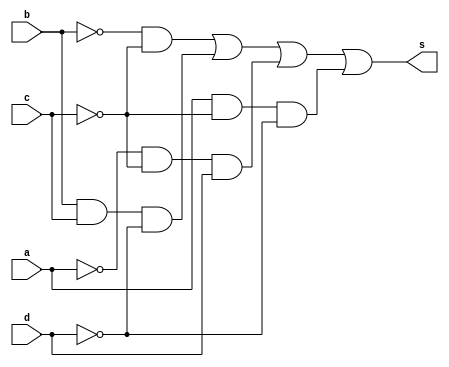
/*
 Recuperacao_0101c.v - v0.0. - 30 / 10 / 2022
 Autor    : Gabriel Vargas Bento de Souza
 Matricula: 778023
 */

/* 
 Soma dos produtos
               ___
f(a,b,c,d) =  \   m (0,1,5,6,8,9,C,E)  = SoP(0,1,5,6,8,9,C,E)
              /___
*/

/**
 SoP(0,1,5,6,8,9,C,E)
 Simplificacao: (b'.c') + (b. c .d') + (a'.c'.d ) + (a .c'.d')
 */
module SoP (output s,
            input  a, b, c, d);
   assign s = (~b & ~c)            // 0, 1, 8, 9
            | ( b &  c & ~d)       // 6, E
            | (~a & ~c &  d)       // 1, 5
            | ( a & ~c & ~d);      // 8, C
endmodule // SoP

/**
  Recuperacao_0101c.v
 */
module Recuperacao_0101c;
   reg  a, b, c, d;
   reg[7:0] m;
   wire s;
   
   // instancias
   SoP SOP1 (s, a, b, c, d);
   
   // valores iniciais
   initial begin: start
      a=1'bx; b=1'bx; c=1'bx; d=1'bx;                      
   end

   // parte principal
   initial begin: main
       $display("Gabriel Vargas Bento de Souza - 778023");
       $display("Recuperacao_01");
       $display("\n01.c) SoP (0,1,5,6,8,9,C,E)\n");

       // monitoramento
       $display(" m  a  b  c  d  s");
       $monitor("%2c %2b %2b %2b %2b %2b", m, a,  b,  c,  d, s);

       // sinalizacao
          a=0; b=0; c=0; d=0; m="0";
       #1                d=1; m="1";
       #1           c=1; d=0; m="2";
       #1                d=1; m="3";
       #1      b=1; c=0; d=0; m="4";
       #1                d=1; m="5";
       #1           c=1; d=0; m="6";
       #1                d=1; m="7";
       #1 a=1; b=0; c=0; d=0; m="8";
       #1                d=1; m="9";
       #1           c=1; d=0; m="A";
       #1                d=1; m="B";
       #1      b=1; c=0; d=0; m="C";
       #1                d=1; m="D";
       #1           c=1; d=0; m="E";
       #1                d=1; m="F";
   end
endmodule // Recuperacao_0101c

/*
gabriel@desktop-ubuntu:~/Desktop/CC-PUC/2periodo/ARQ1/Tarefas/Recuperacao01$ vvp Recuperacao_0101c.vvp
Gabriel Vargas Bento de Souza - 778023
Recuperacao_01

01.c) SoP (0,1,5,6,8,9,C,E)

 m  a  b  c  d  s
 0  0  0  0  0  1
 1  0  0  0  1  1
 2  0  0  1  0  0
 3  0  0  1  1  0
 4  0  1  0  0  0
 5  0  1  0  1  1
 6  0  1  1  0  1
 7  0  1  1  1  0
 8  1  0  0  0  1
 9  1  0  0  1  1
 A  1  0  1  0  0
 B  1  0  1  1  0
 C  1  1  0  0  1
 D  1  1  0  1  0
 E  1  1  1  0  1
 F  1  1  1  1  0


*/